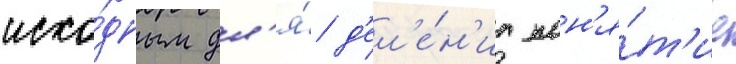
исхо́дным дл'я́ д'ел'е́н'иа пон'я́т'ие